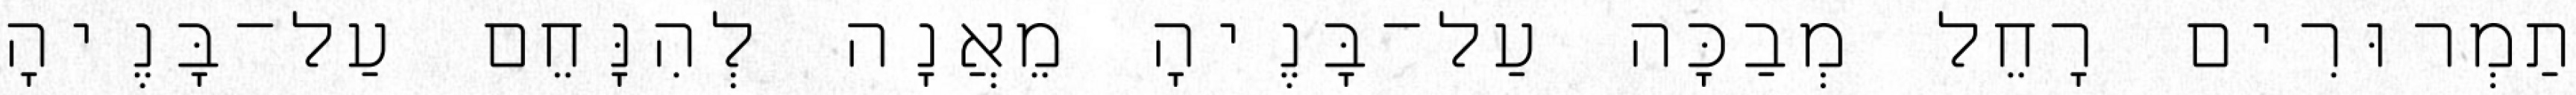
תַמְרוּרִים רָחֵל מְבַכָּה עַל־בָּנֶיהָ מֵאֲנָה לְהִנָּחֵם עַל־בָּנֶיהָ